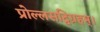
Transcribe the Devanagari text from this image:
प्रोल्लसद्विग्रहम्।